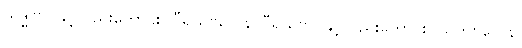
သဒ္ဓါဗိုလ်နှင့်လည်းကောင်း။ ဝီရိယဗလေန၊ ဝီရိယဗိုလ်နှင့်လည်းကောင်း။ သတိဗလေန၊